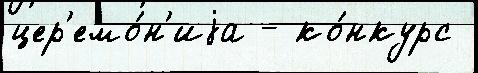
цер'емо́н'иjа - ко́нкурс